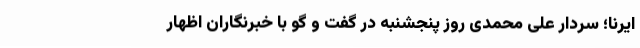
ایرنا؛ سردار علی محمدی روز پنجشنبه در گفت و گو با خبرنگاران اظهار